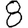
Digit: 8